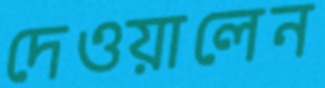
দেওয়ালেন